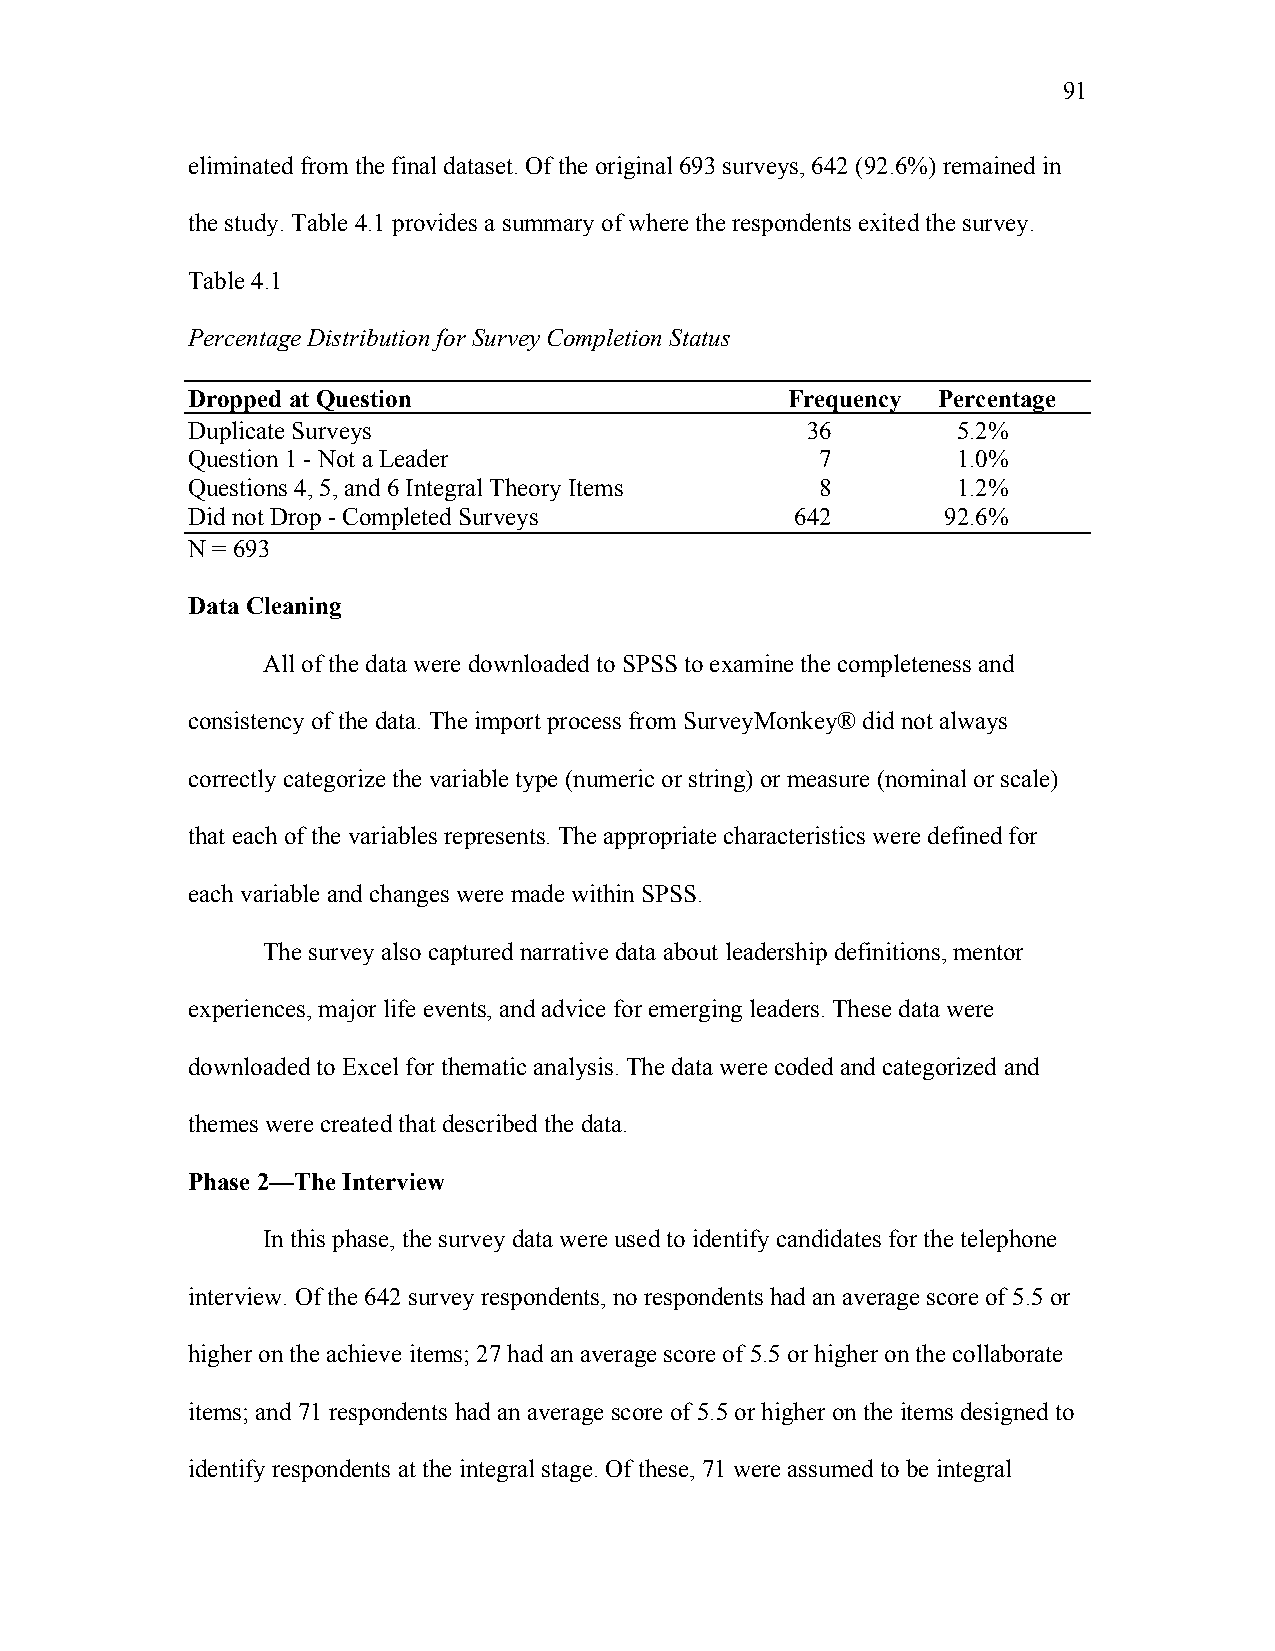
91
 eliminated from the final dataset. Of the original 693 surveys, 642 (92.6%) remained in
 the study. Table 4.1 provides a summary of where the respondents exited the survey.
 Table 4.1
 Percentage Distribution for Survey Completion Status
 Dropped at Question                     Frequency Percentage
 Duplicate Surveys                        36        5.2%
 Question 1 - Not a Leader                 7        1.0%
 Questions 4, 5, and 6 Integral Theory Items 8      1.2%
 Did not Drop - Completed Surveys         642       92.6%
 N = 693
 Data Cleaning
 All of the data were downloaded to SPSS to examine the completeness and
 consistency of the data. The import process from SurveyMonkey® did not always
 correctly categorize the variable type (numeric or string) or measure (nominal or scale)
 that each of the variables represents. The appropriate characteristics were defined for
 each variable and changes were made within SPSS.
 The survey also captured narrative data about leadership definitions, mentor
 experiences, major life events, and advice for emerging leaders. These data were
 downloaded to Excel for thematic analysis. The data were coded and categorized and
 themes were created that described the data.
 Phase 2—The Interview
 In this phase, the survey data were used to identify candidates for the telephone
 interview. Of the 642 survey respondents, no respondents had an average score of 5.5 or
 higher on the achieve items; 27 had an average score of 5.5 or higher on the collaborate
 items; and 71 respondents had an average score of 5.5 or higher on the items designed to
 identify respondents at the integral stage. Of these, 71 were assumed to be integral